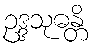
ဥဒ္ဒသုဓန္တိ